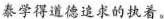
泰学得道德追求的执着。